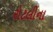
રોટલીના